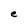
Character: e